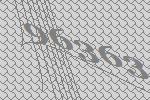
96363